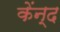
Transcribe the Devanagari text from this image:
केंन्द